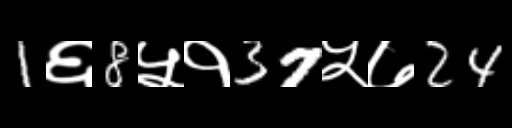
Text: 1६8५१37५७24